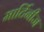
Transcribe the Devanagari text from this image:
मार्टिनीज